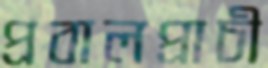
প্রবালপ্রাচী